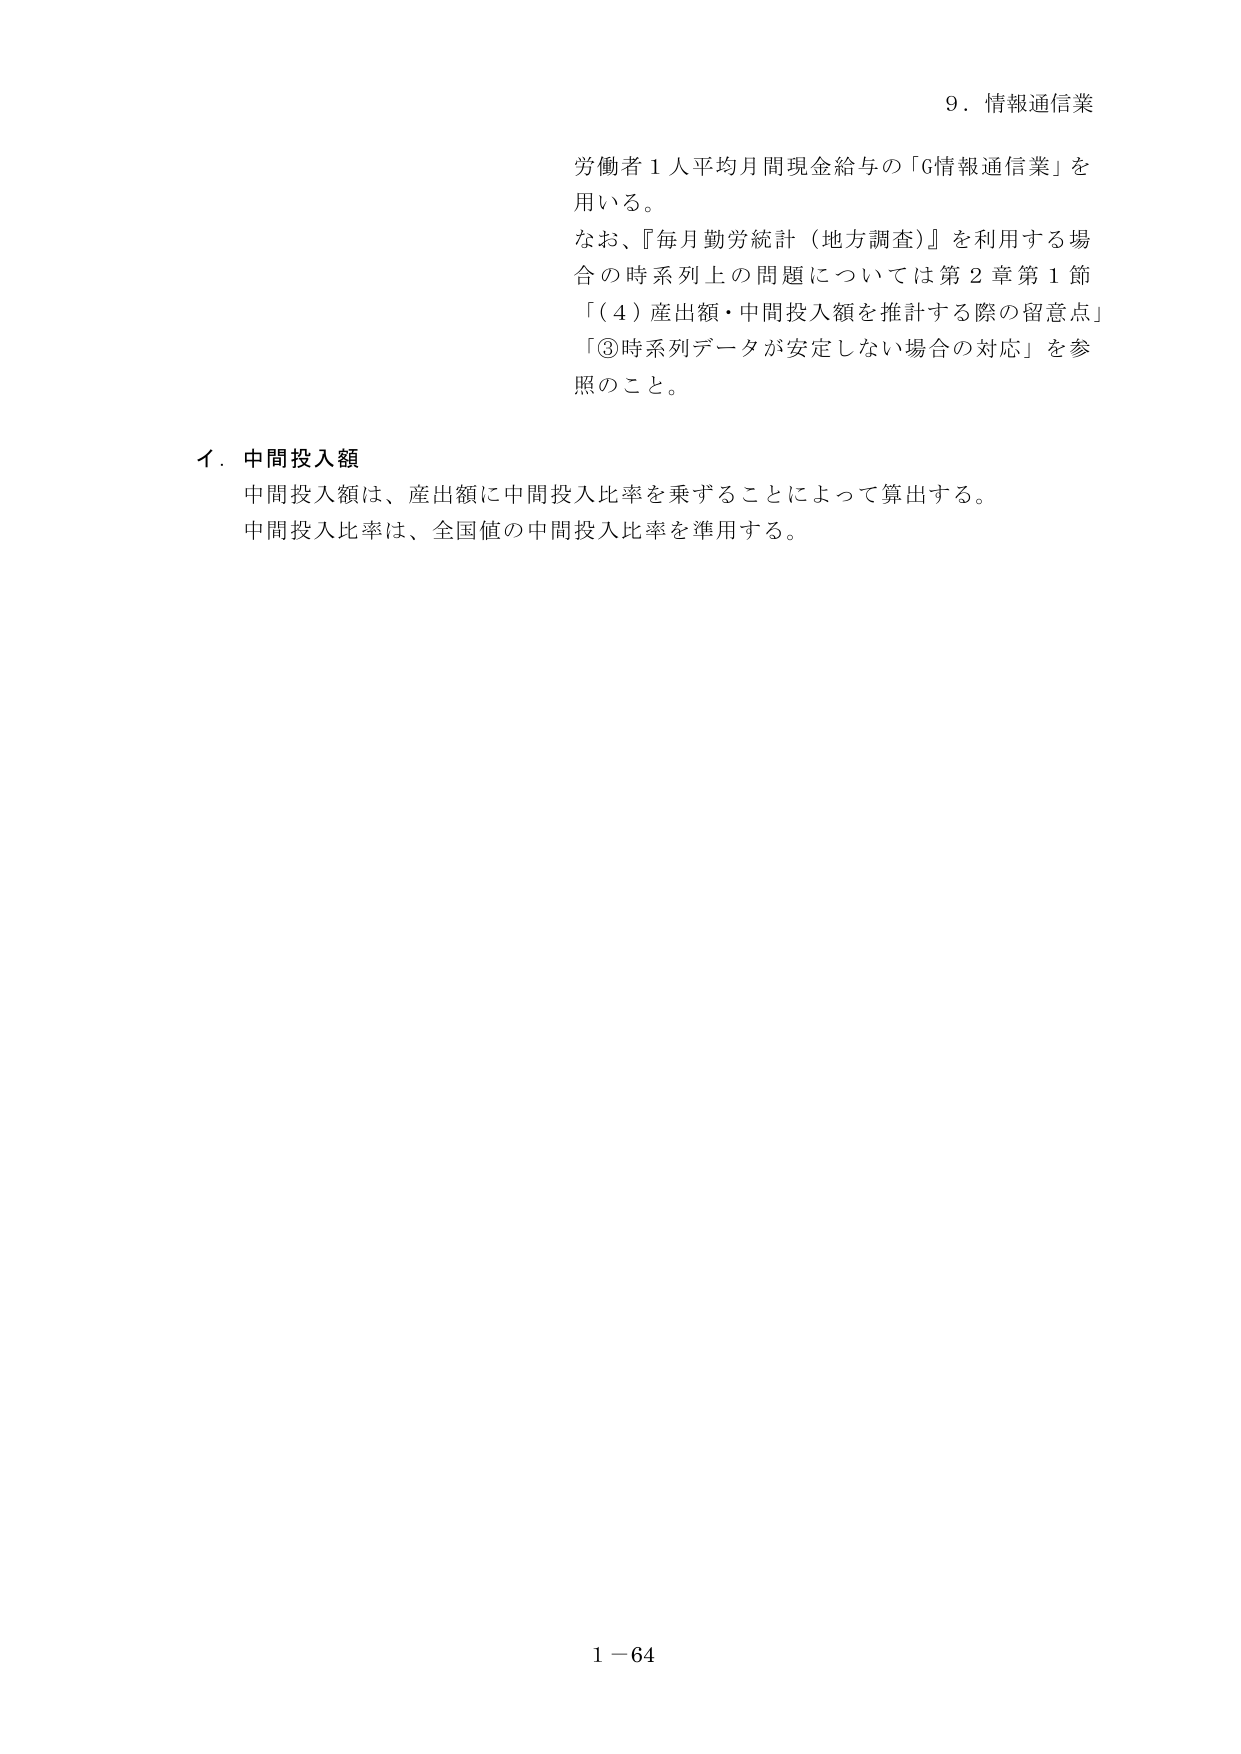
9．情報通信業

労働者１人平均月間現金給与の「G情報通信業」を
用いる。
なお、『毎月勤労統計（地方調査）』を利用する場
合の時系列上の問題については第２章第１節
「（４）産出額・中間投入額を推計する際の留意点」
「③時系列データが安定しない場合の対応」を参
照のこと。

イ．中間投入額
中間投入額は、産出額に中間投入比率を乗ずることによって算出する。
中間投入比率は、全国値の中間投入比率を準用する。

1－64